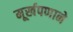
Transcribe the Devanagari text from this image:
मूर्खपणाने